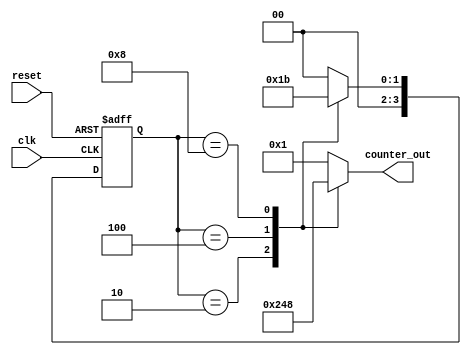
module johnson_counter (
    input wire clk,
    input wire reset,
    output wire [3:0] counter_out
);

reg [3:0] state;
reg [1:0] next_state;

always @(posedge clk or posedge reset) begin
    if (reset) begin
        state <= 4'b0001; // initial state
    end else begin
        state <= next_state;
    end
end

// Next state logic
always @(*) begin
    case (state)
        4'b0001: next_state = 2'b00;
        4'b0010: next_state = 2'b01;
        4'b0100: next_state = 2'b10;
        4'b1000: next_state = 2'b11;
        default: next_state = 2'b00;
    endcase
end

// Output logic
always @(*) begin
    case (state)
        4'b0001: counter_out = 4'b0001;
        4'b0010: counter_out = 4'b0010;
        4'b0100: counter_out = 4'b0100;
        4'b1000: counter_out = 4'b1000;
        default: counter_out = 4'b0001;
    endcase
end

endmodule